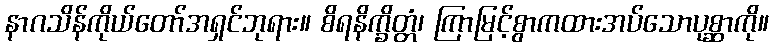
နာဂသိန်ကိုယ်တော်အရှင်ဘုရား။ စိရနိက္ခိတ္တံ၊ ကြာမြင့်စွာကထားအပ်သောပုစ္ဆာကို။